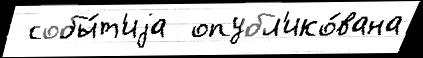
 собы́т'иjа  опубл'ико́вана